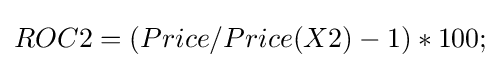
ROC2=(Price/Price(X2)-1)*100;